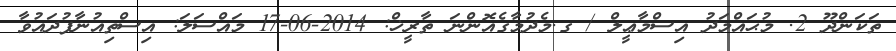
ތަކަންދޫ 2. މުޙައްމަދު އިސްމާޢީލް / ގ.މެދުމާގެއޮންނަ ތާރީޚް: 2014-06-17 މައްސަލަ: އިސްތިއުނާފުދައުވާ